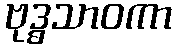
ဗုဒ္ဓသာဝကာ